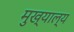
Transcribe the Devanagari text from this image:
मुख्याल्य